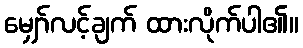
မျှော်လင့်ချက် ထားလိုက်ပါ၏။